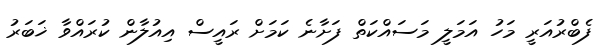
ފެބްރުއަރީ މަހު އަމަލީ މަސައްކަތް ފަށާނެ ކަމަށް ރައީސް އިއުލާން ކުރައްވާ ޚަބަރު